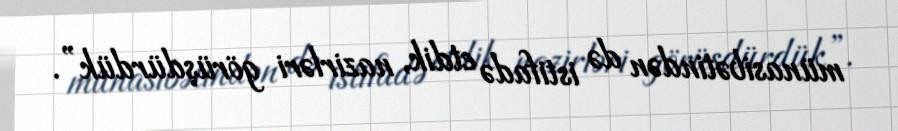
münasibətindən də istifadə etdik, nazirləri görüşdürdük”.